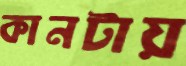
কানটায়